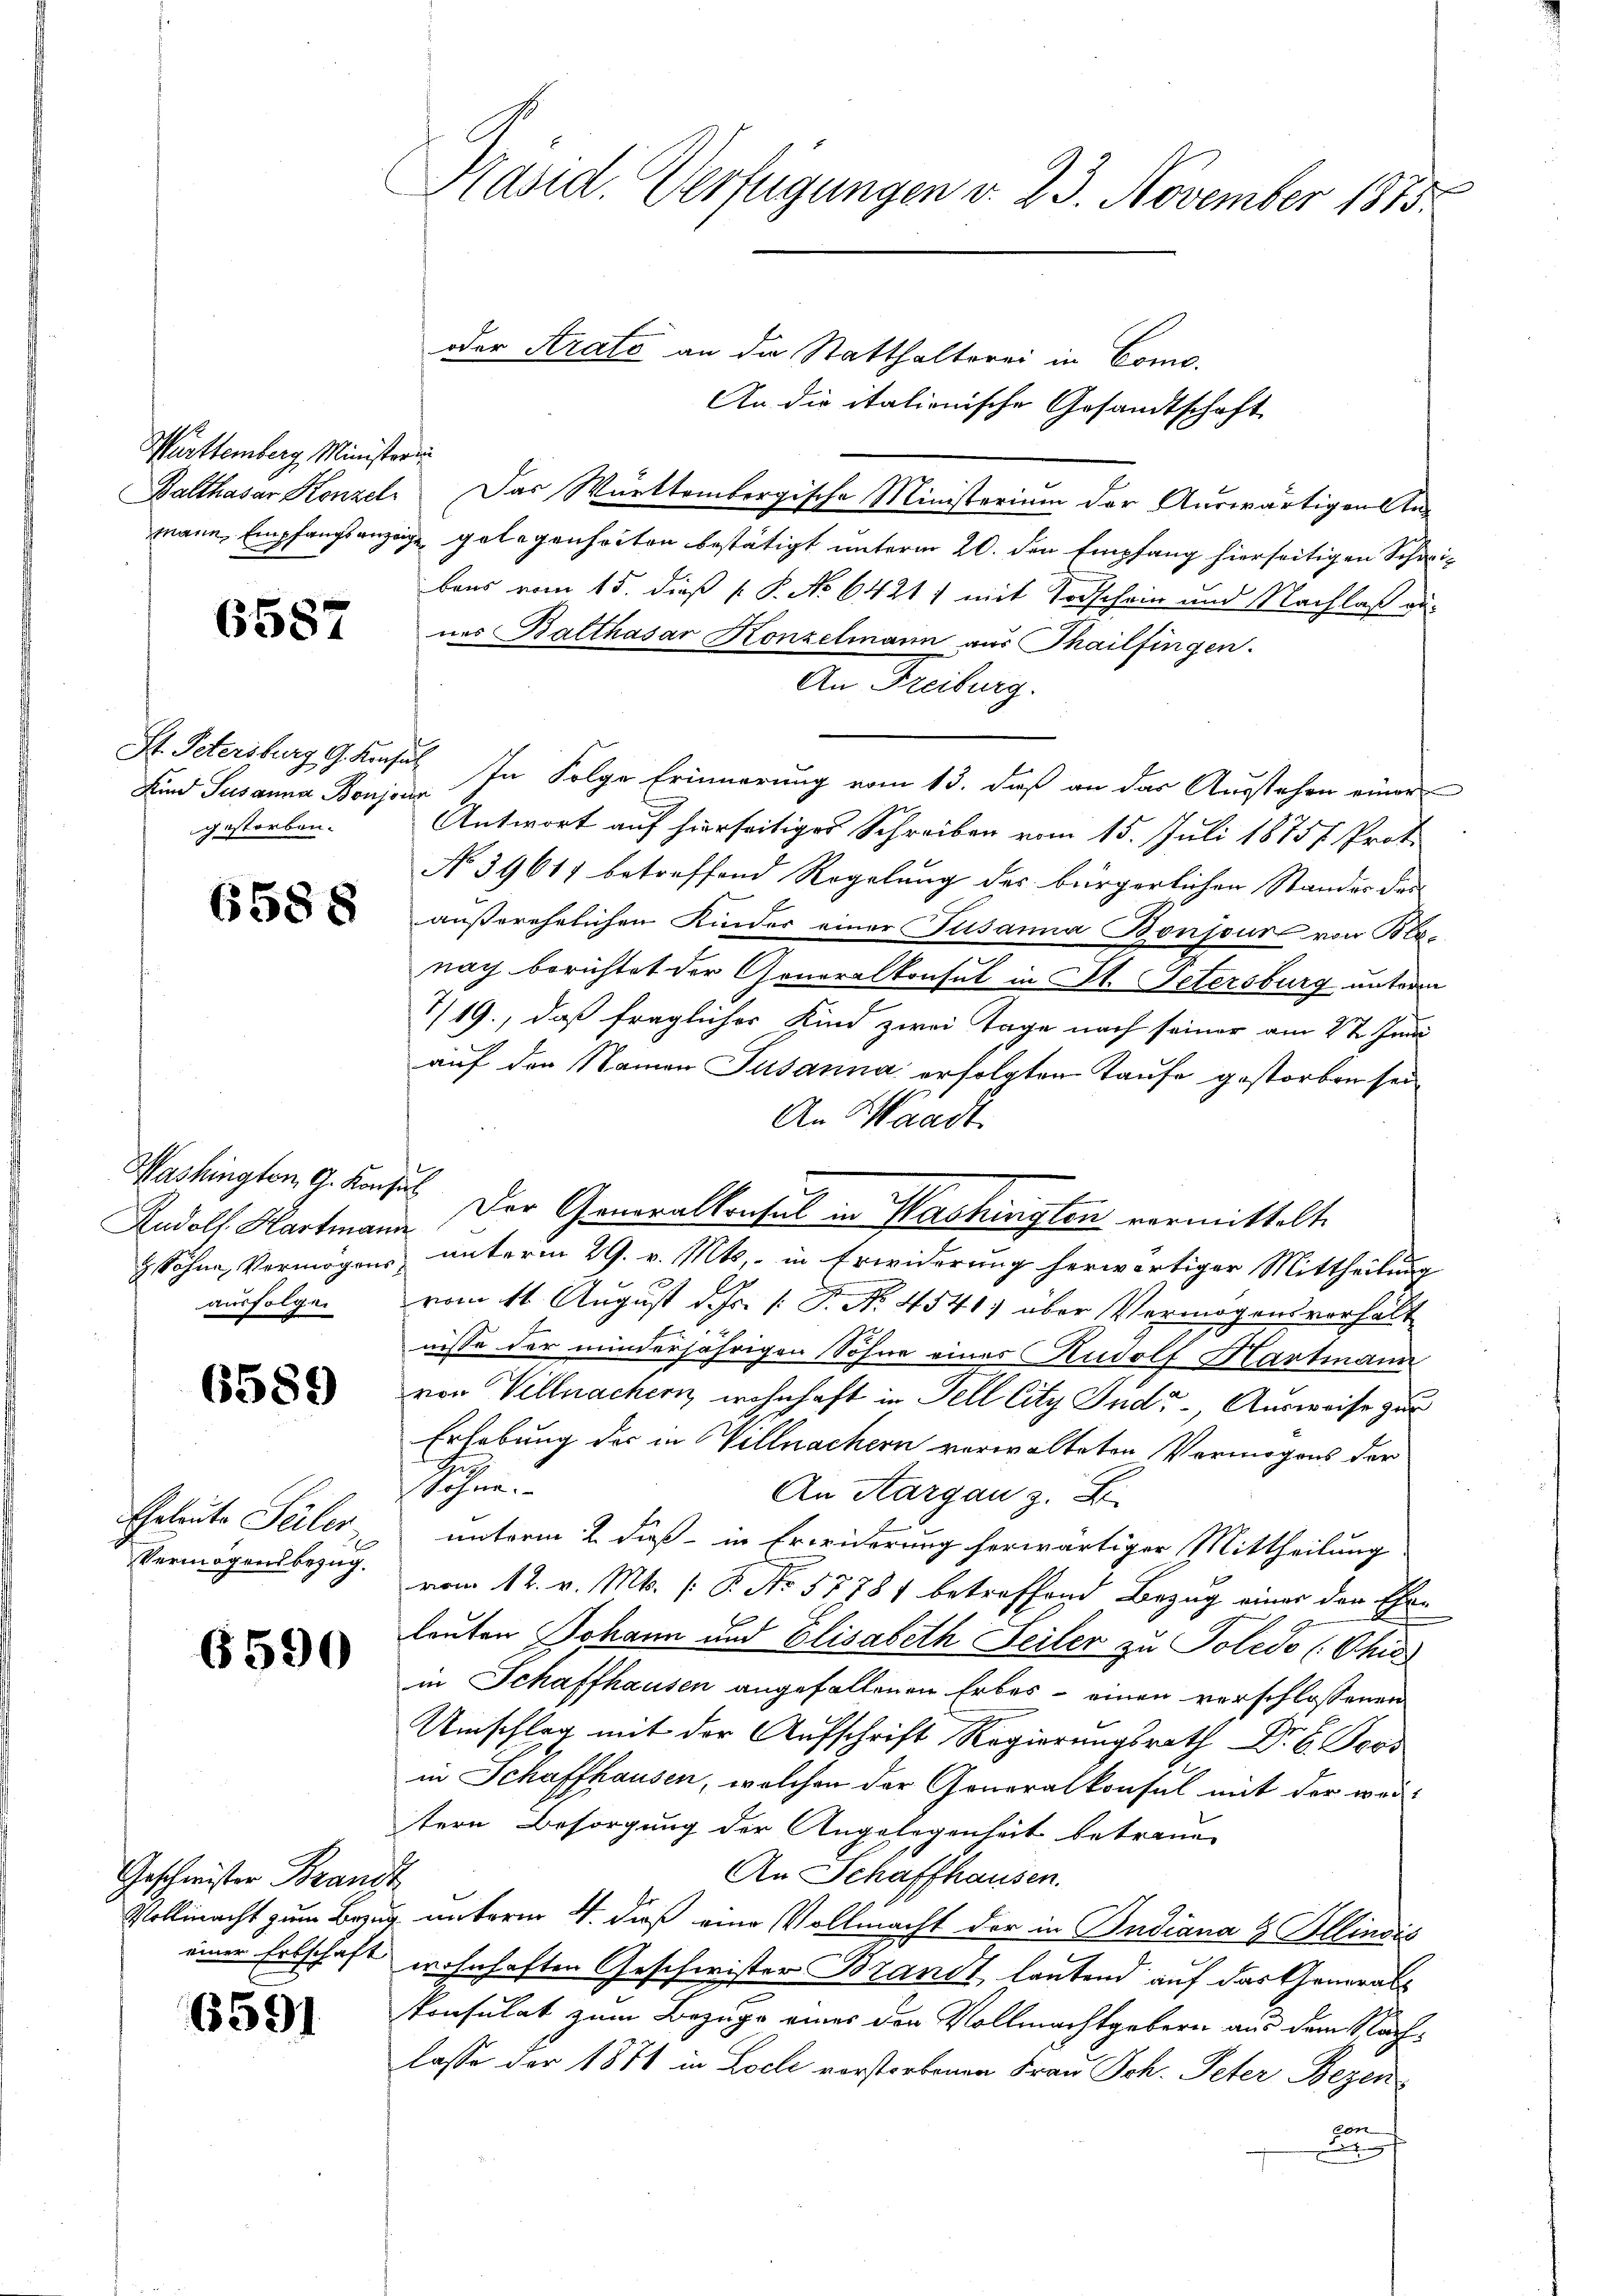
Württemberg Ministerun

6587

Kind Susanna Bonjoin
gestorben.

6588

Andolf Hartmann
ausfolgen

6589

Eheleute Seiler
Vermögensbezug.

6590

Geschwister Brandt
einer Erbschaft

6591

.
Präsid. Verfügungen v. 23. November 1883.

oder Arato an die Statthalterei in Como-
An die italionische Gesandtschaft
Balthasar Konzel. Das Württembergische Ministerium der Auswärtigen Anmann, Empfangsanzeige gelegenheiten bestätigt unterm 20. den Empfang hierseitigen Schwibens vom 15. dieß P. P. No 64217 mit Todschein und Nachlaß genes Balthasar Konzelmann aus Thailfingen.
An Freiburg.
St. Petersburg 19. Konsul In Folge Erinnerung vom 13. daß an das Ausstehen einer
Antwort auf hierseitiges Schreiben vom 15. Juli 1875 Prot.
No 39617 betreffend Regelung des bürgerlichen Standes das
außerehelichen Kinder einer Susanna Bonjour von Blanach berichtet der Generalkonsul in St. Petersburg unterm
7/19., daß fraglicher Kind zwei Tage nach seiner am 2ten Juni
auf den Namen Susanna erfolgten Taufe gestorben sei
An Waadt
Washington G. Kaises Der Generalkonsul in Washingten vermittelte
 Söhne, Vermögens unterm 29. v. Mts., in Erwiderung herwärtiger Mittheilung
vom 11. August d. Js. k. P. Nr. 4541) über Vermögens verhält
nisse der minderjährigen Sohne eines Rudolf Hartmann
von Villmachern wohnhaft in Fell City Indr., Ausweise zur
Erhebung des in Villnachern verwalteten Vermögens der
f
Söhne.
An Aargau z. B.
unterm 2. dieß in Erwiderung herwärtiger Mittheilung
vom 12. v. Mts. [ P. No 57781 betreffend Bezug einer den Ehe-
leuten Johann und Elisabeth Seiler zu Poledo (Schil
in Schaffhausen angefallenen Erbes - einen verschlossenen
Umschlag mit der Aufschrift Regierungsrath Dr. B. Pers
in Schaffhausen, welchen der Generalkonsul mit der weitern Besorgung der Angelegenheit betrauen
An Schaffhausen.
Vollmacht zum Bezug unterm 4. daß eine Vollmacht der in Budiana & Allinvić
.
wohnhaften Geschwister Brandt, lautend auf das Generalkonsulat zum Bezugs eines den Vollmachtgebern aus dem Nachlasse der 1871 in Loche vorstorbenen Frau Joh. Peter Bezen
con
x